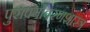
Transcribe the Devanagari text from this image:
पुरापर्यावरणशास्त्र